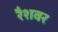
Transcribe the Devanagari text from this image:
रैशवर